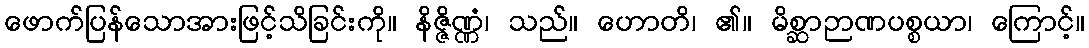
ဖောက်ပြန်သောအားဖြင့်သိခြင်းကို။ နိဇ္ဇိဏ္ဏံ၊ သည်။ ဟောတိ၊ ၏။ မိစ္ဆာဉာဏပစ္စယာ၊ ကြောင့်။